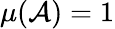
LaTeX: \mu({\mathcal{A}})=1